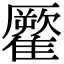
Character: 𩀾